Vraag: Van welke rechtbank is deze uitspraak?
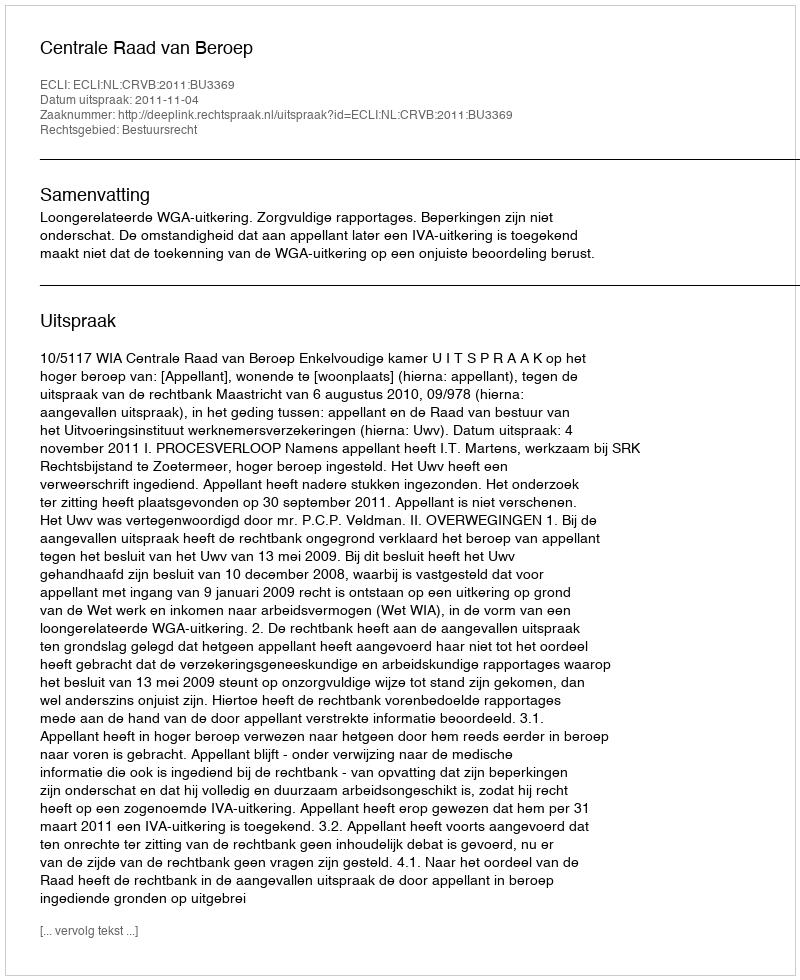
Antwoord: Centrale Raad van Beroep